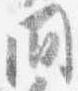
間